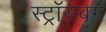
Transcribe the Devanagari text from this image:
स्ट्रॉसबर्ग